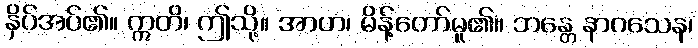
နှိပ်အပ်၏။ ဣတိ၊ ဤသို့။ အာဟ၊ မိန့်တော်မူ၏။ ဘန္တေ နာဂသေန၊